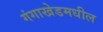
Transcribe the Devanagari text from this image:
गंगाखेडमधील